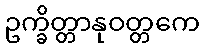
ဥက္ခိတ္တာနုဝတ္တကေ